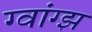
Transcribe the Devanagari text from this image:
ग्वांग्झ